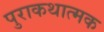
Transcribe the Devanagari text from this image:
पुराकथात्मक